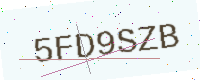
Text: 5FD9SZB